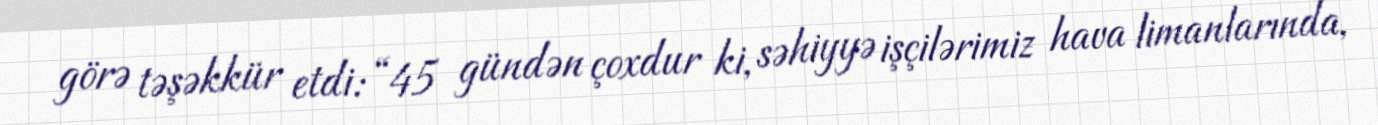
görə təşəkkür etdi: “45 gündən çoxdur ki, səhiyyə işçilərimiz hava limanlarında,